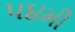
૫૪મી